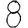
Digit: 8